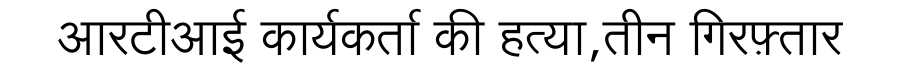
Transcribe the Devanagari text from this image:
आरटीआई कार्यकर्ता की हत्या,तीन गिरफ़्तार